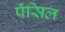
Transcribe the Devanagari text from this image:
पॅंसिल